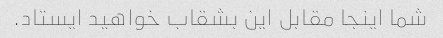
شما اینجا مقابل این بشقاب خواهید ایستاد.